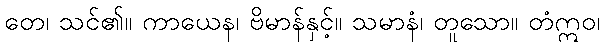
တေ၊ သင်၏။ ကာယေန၊ ဗိမာန်နှင့်။ သမာနံ၊ တူသော။ တံဣဝ၊